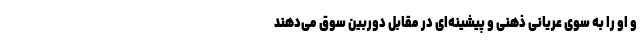
و او را به سوی عریانی ذهنی و پیشینه‌ای در مقابل دوربین سوق می‌دهند